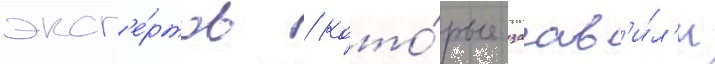
эксп'е́ртов / кото́рые заав'и́л'и